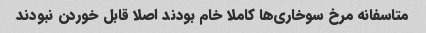
متاسفانه مرخ سوخاری‌ها کاملا خام بودند اصلا قابل خوردن نبودند